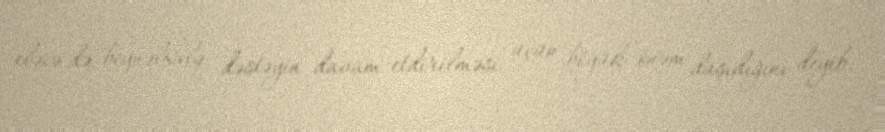
eləcə də beynəlxalq dəstəyin davam etdirilməsi üçün böyük önəm daşıdığını deyib.